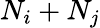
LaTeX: N_{i}+N_{j}